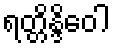
ရတ္တိန္ဒိဝေါ